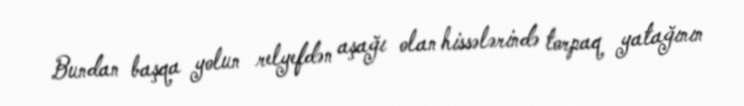
Bundan başqa yolun relyefdən aşağı olan hissələrində torpaq yatağının